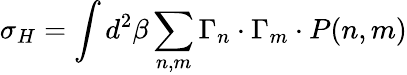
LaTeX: \sigma_{H}=\int d^{2}\beta\sum_{n,m}\Gamma_{n}\cdot\Gamma_{m}\cdot P(n,m)